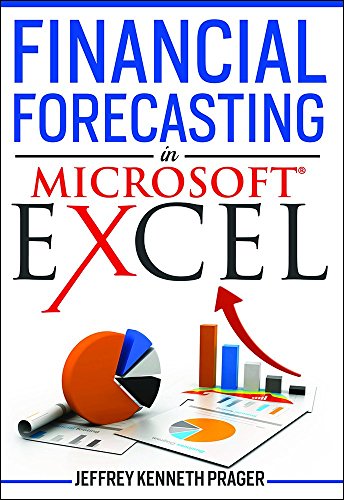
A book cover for Financial Forecasting in Microsoft Excel; Jeffrey K. Prager; Business & Money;